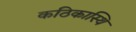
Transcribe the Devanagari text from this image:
कठिकास्थि